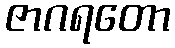
ဇာဂရတော